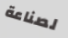
لصناعة